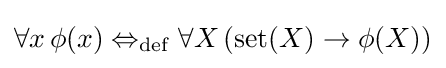
\forall x\,\phi (x)\Leftrightarrow _{\mathrm {def} }\forall X\,(\mathrm {set} (X)\rightarrow \phi (X))